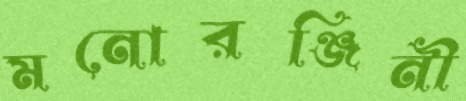
মনোরঞ্জিনী